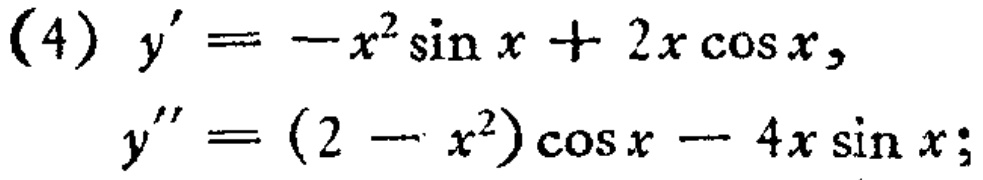
(4) \(y'=-x^{2}\sin x + 2x\cos x\),
\(y''=(2 - x^{2})\cos x - 4x\sin x\);